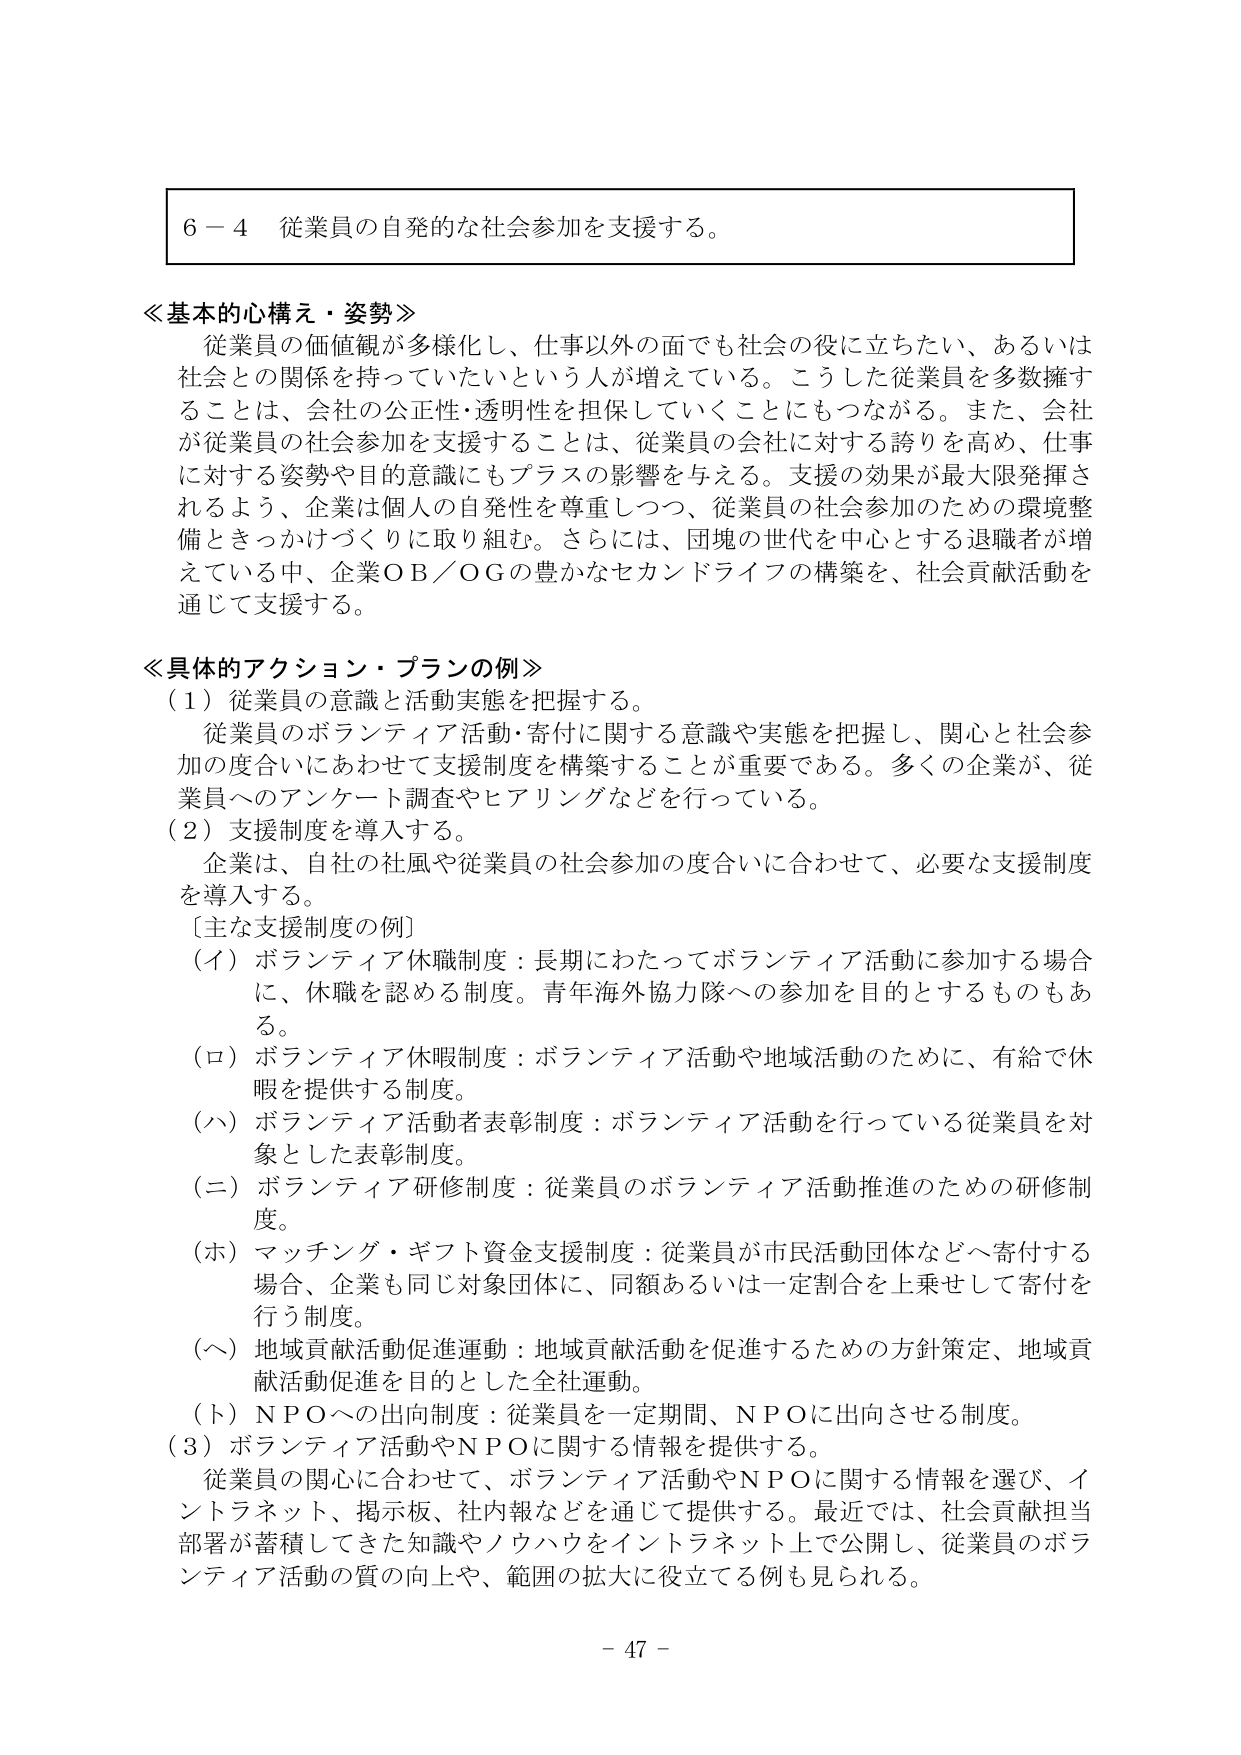
6－4 従業員の自発的な社会参加を支援する。

≪基本的心構え・姿勢≫
従業員の価値観が多様化し、仕事以外の面でも社会の役に立ちたい、あるいは社会との関係を持っていたいという人が増えている。こうした従業員を多数擁することは、会社の公正性・透明性を担保していくことにもつながる。また、会社が従業員の社会参加を支援することは、従業員の会社に対する誇りを高め、仕事に対する姿勢や目的意識にもプラスの影響を与える。支援の効果が最大限発揮されるよう、企業は個人の自発性を尊重しつつ、従業員の社会参加のための環境整備ときっかけづくりに取り組む。さらには、団塊の世代を中心とする退職者が増えている中、企業ＯＢ／ＯＧの豊かなセカンドライフの構築を、社会貢献活動を通じて支援する。

≪具体的アクション・プランの例≫
（1）従業員の意識と活動実態を把握する。
従業員のボランティア活動・寄付に関する意識や実態を把握し、関心と社会参加の度合いにあわせて支援制度を構築することが重要である。多くの企業が、従業員へのアンケート調査やヒアリングなどを行っている。
（2）支援制度を導入する。
企業は、自社の社風や従業員の社会参加の度合いに合わせて、必要な支援制度を導入する。
［主な支援制度の例］
（イ）ボランティア休職制度：長期にわたってボランティア活動に参加する場合に、休職を認める制度。青年海外協力隊への参加を目的とするものもある。
（ロ）ボランティア休暇制度：ボランティア活動や地域活動のために、有給で休暇を提供する制度。
（ハ）ボランティア活動者表彰制度：ボランティア活動を行っている従業員を対象とした表彰制度。
（ニ）ボランティア研修制度：従業員のボランティア活動推進のための研修制度。
（ホ）マッチング・ギフト資金支援制度：従業員が市民活動団体などへ寄付する場合、企業も同じ対象団体に、同額あるいは一定割合を上乗せして寄付を行う制度。
（ヘ）地域貢献活動促進運動：地域貢献活動を促進するための方針策定、地域貢献活動促進を目的とした全社運動。
（ト）ＮＰＯへの出向制度：従業員を一定期間、ＮＰＯに出向させる制度。
（3）ボランティア活動やＮＰＯに関する情報を提供する。
従業員の関心に合わせて、ボランティア活動やＮＰＯに関する情報を選び、インターネット、掲示板、社内報などを通じて提供する。最近では、社会貢献担当部署が蓄積してきた知識やノウハウをインターネット上で公開し、従業員のボランティア活動の質の向上や、範囲の拡大に役立てる例も見られる。

－ 47 －